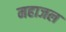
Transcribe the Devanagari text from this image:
महाजल